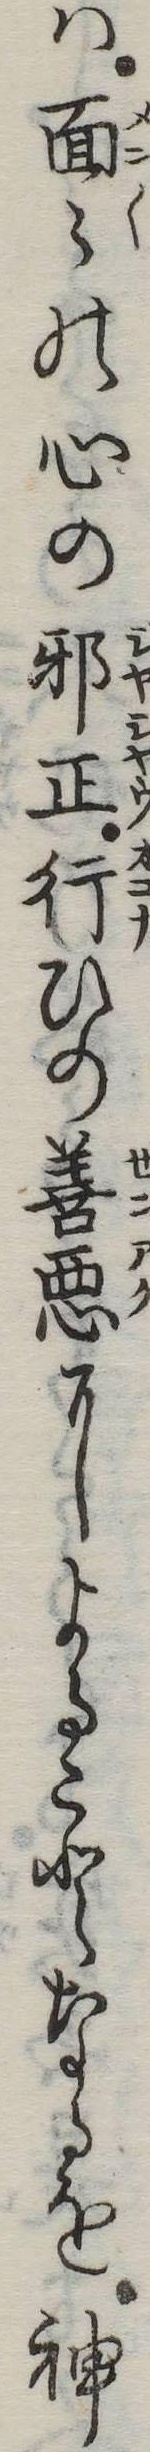
は面の心の邪正行ひの善悪によることなるを神